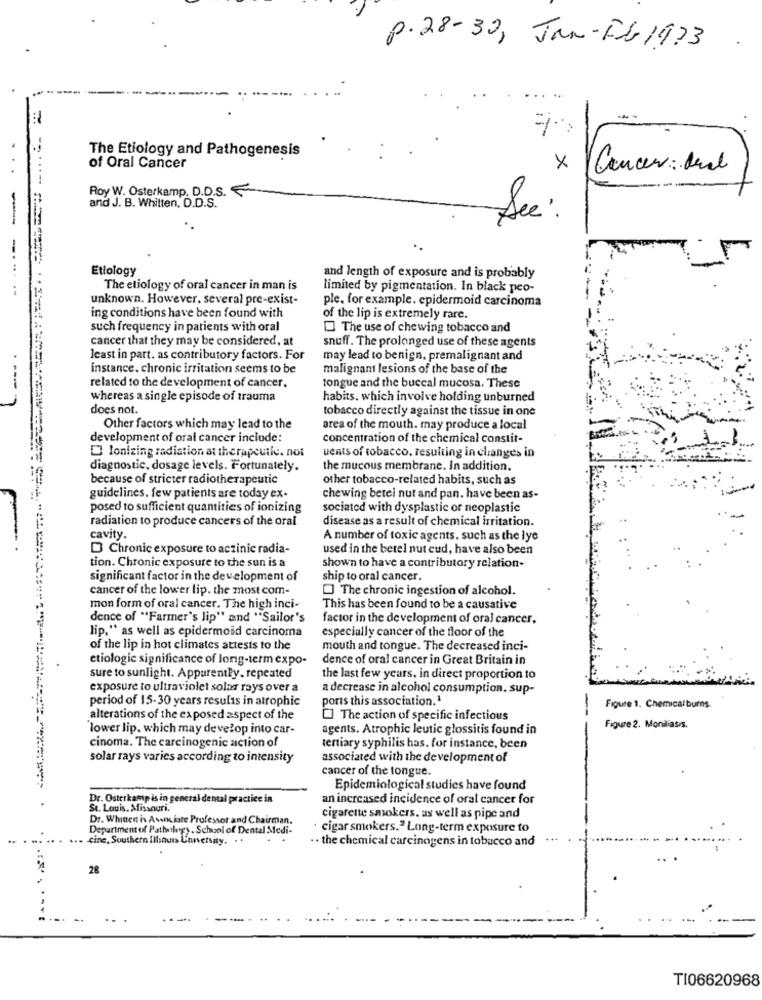
p.28-30, Jan-Fb 1973
The Etiology and Pathogenesis
of Oral Cancer
×
Cancer: and
Roy W. Osterkamp. D.D.S.
and J. B. Whitten, D.D.S.
See :
-
Etiology
and length of exposure and is probably
------
The etiology of oral cancer in man is
limited by pigmentation. In black peo-
unknown. However, several pre-exist-
ple. for example. epidermoid carcinoma
ing conditions have been found with
of the lip is extremely rare.
such frequency in patients with oral
The use of chewing tobacco and
cancer that they may be considered, at
snuff. The prolonged use of these agents
least in part. as contributory factors. For
may lead to benign, premalignant and
instance. chronic irritation seems to be
malignant lesions of the base of the
related to the development of cancer,
tongue and the buccal mucosa. These
whereas a single episode of trauma
habits. which involve holding unburned
does not.
tobacco directly against the tissue in one
Other factors which may lead to the
area of the mouth. may produce a local
development of oral cancer include:
concentration of the chemical constit-
Ionizing radiation at therapeutic. not
uents of tobacco, resulting in changes in
diagnostic, dosage levels. Fortunately.
the mucous membrane. In addition.
because of stricter radiotherapeutic
other tobacco-related habits, such as
guidelines. few patients are today ex-
chewing betel nut and pan. have been as-
posed to sufficient quantities of ionizing
sociated with dysplastic or neoplastic
radiation to produce cancers of the oral
disease as a result of chemical irritation.
cavity
A number of toxic agents. such as the lye
Chronic exposure to actinic radia-
used in the betel nut cud, have also been
tion. Chronic exposure to the sun is a
shown to have a contributory relation-
significant factor in the development of
ship to oral cancer.
cancer of the lower lip. the most com-
The chronic ingestion of alcohol.
mon form of oral cancer. The high inci-
This has been found to be a causative
dence of "Farmer's lip" and "Sailor's
factor in the development of oral cancer.
lip," as well as epidermoid carcinoma
especially cancer of the floor of the
of the lip in hot climates attests to the
mouth and tongue. The decreased inci-
etiologic significance of long-term expo-
dence of oral cancer in Great Britain in
sure to sunlight. Apparently. repeated
the last few years, in direct proportion to
exposure to ultraviolet solar rays over a
a decrease in alcohol consumption. sup-
period of 15-30 years results in atrophic
poris this association.1
Figure 1. Chemical burns.
alterations of the exposed aspect of the
O The action of specific infectious
lower lip. which may develop into car-
agents. Atrophic leutic glossitis found in
Figure 2. Monilias/s.
cinoma. The carcinogenic action of
tertiary syphilis has. for instance, been
solar rays varies according to intensity
associated with the development of
cancer of the tongue.
Epidemiological studies have found
Dr. Osterkamp is in general dental practice in
an increased incidence of oral cancer for
St. Louis, Missouri.
Dr. Whitten in Awas late Professor and Chairman.
cigarette smokers. as well as pipe and
Department of Pathology. School of Dental Medi-
· cigar smokers." Long-term exposure to
cine, Southern Illinois Unversity. ..
.. the chemical carcinogens in tobacco and
28
TI06620968